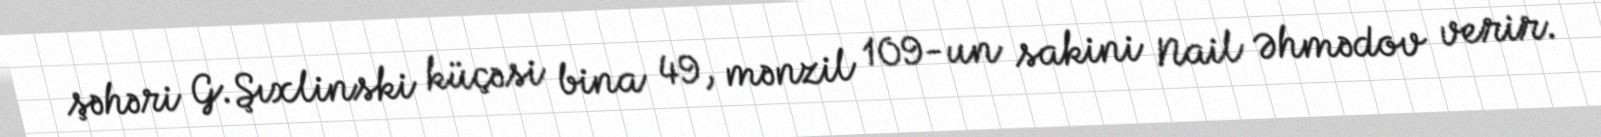
şəhəri G.Şıxlinski küçəsi bina 49, mənzil 109-un sakini Nail Əhmədov verir.